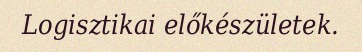
Logisztikai előkészületek.